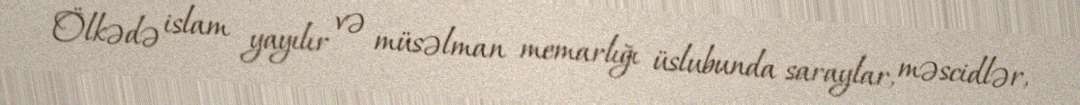
Ölkədə islam yayılır və müsəlman memarlığı üslubunda saraylar, məscidlər,